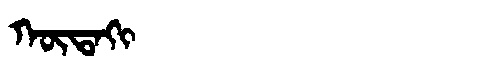
Manchu: ᡴᡡᡨᠠᡴᡳ
Romanization: KŪTAKI